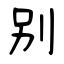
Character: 别